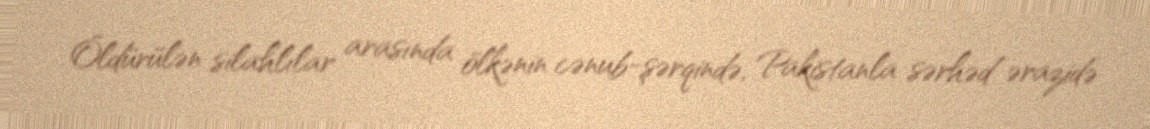
Öldürülən silahlılar arasında ölkənin cənub-şərqində, Pakistanla sərhəd ərazidə